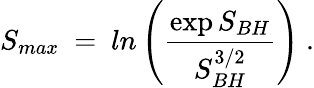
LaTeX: S_{max}~=~ln\left({\frac{\exp{S_{BH}}}{S_{BH}^{3/2}}}\right)~.